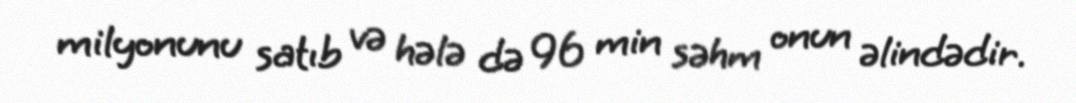
milyonunu satıb və hələ də 96 min səhm onun əlindədir.